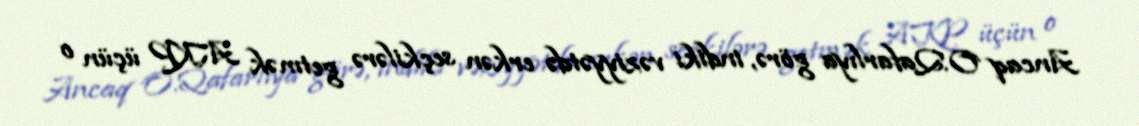
Ancaq O.Qafarlıya görə, indiki vəziyyətdə erkən seçkilərə getmək AKP üçün o